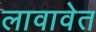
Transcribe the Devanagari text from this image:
लावावेत